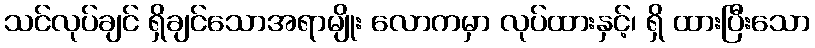
သင်လုပ်ချင် ရှိချင်သောအရာမျိုး လောကမှာ လုပ်ထားနှင့်၊ ရှိ ထားပြီးသော